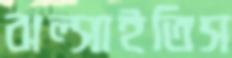
ঝল্‌সাইতিস